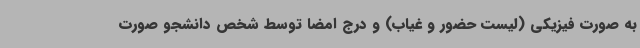
به صورت فیزیکی (لیست حضور و غیاب) و درج امضا توسط شخص دانشجو صورت